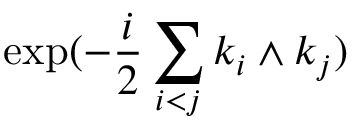
\exp ( - \frac { i } { 2 } \sum _ { i < j } k _ { i } \wedge k _ { j } )